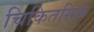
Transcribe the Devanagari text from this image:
चिकितसिक